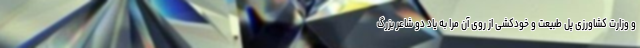
و وزارت کشاورزی پل طبیعت و خودکشی از روی آن مرا به یاد دو شاعر بزرگ